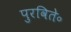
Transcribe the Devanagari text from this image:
पुरविते॰